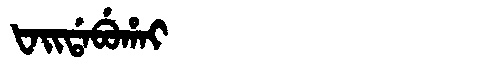
Manchu: ᡶᠠᡳᡩᠠᠪᡠᡥᠠᡳ
Romanization: FAIDABUHAI